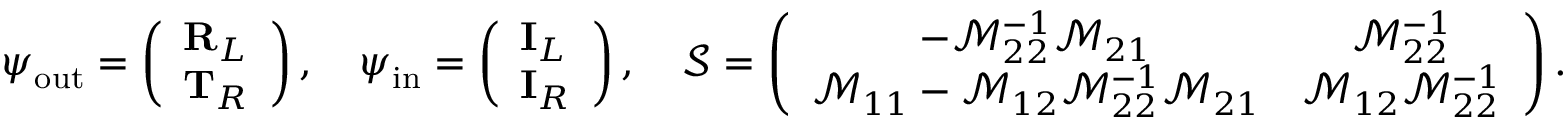
\boldsymbol { \psi } _ { \mathrm { o u t } } = \left( \begin{array} { l } { \mathbf { R } _ { L } } \\ { \mathbf { T } _ { R } } \end{array} \right) , \quad \boldsymbol { \psi } _ { \mathrm { i n } } = \left( \begin{array} { l } { \mathbf { I } _ { L } } \\ { \mathbf { I } _ { R } } \end{array} \right) , \quad \mathcal { S } = \left( \begin{array} { c c } { - \mathcal { M } _ { 2 2 } ^ { - 1 } \mathcal { M } _ { 2 1 } } & { \mathcal { M } _ { 2 2 } ^ { - 1 } } \\ { \mathcal { M } _ { 1 1 } - \mathcal { M } _ { 1 2 } \mathcal { M } _ { 2 2 } ^ { - 1 } \mathcal { M } _ { 2 1 } } & { \mathcal { M } _ { 1 2 } \mathcal { M } _ { 2 2 } ^ { - 1 } } \end{array} \right) .